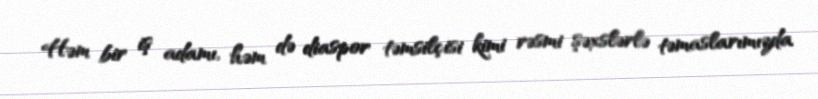
Həm bir iş adamı, həm də diaspor təmsilçisi kimi rəsmi şəxslərlə təmaslarımızda